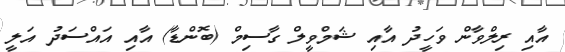
އާއި ރިލްވާން ވަހީދު އާއި ޝަމްވީލް ގާސިމް (ބޮންޑާ) އާއި އައްސަދު އަލީ